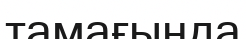
тамағында